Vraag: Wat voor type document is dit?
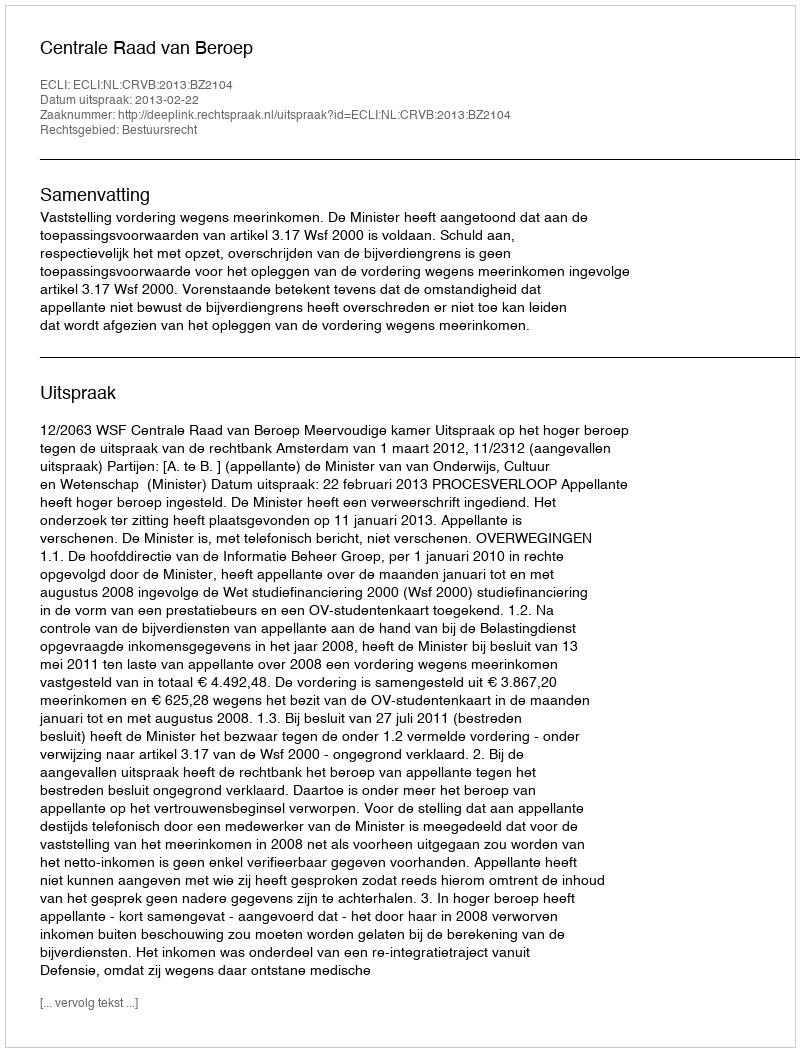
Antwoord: Uitspraak